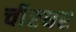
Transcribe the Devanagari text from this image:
चीरघर